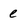
Character: e